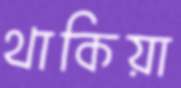
থাকিয়া